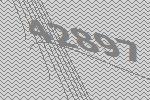
42897